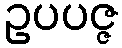
ဥပပဇ္ဇ